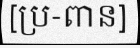
[ប្រ-ពាន]